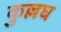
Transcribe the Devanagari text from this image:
कुल्लघ